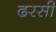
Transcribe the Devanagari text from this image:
ढरसी